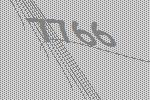
7766